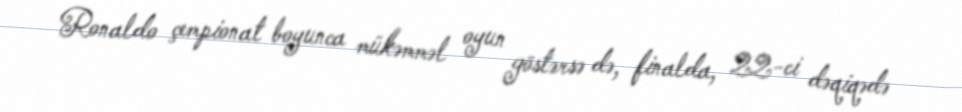
Ronaldo çempionat boyunca mükəmməl oyun göstərsə də, finalda, 22-ci dəqiqədə